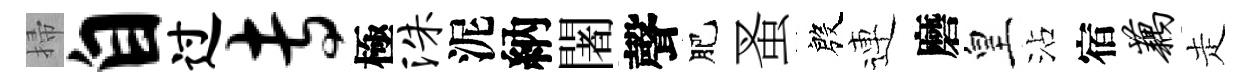
掃自过专極洙泥納闍聲肥蚤殷連磨皇沾宿藕走